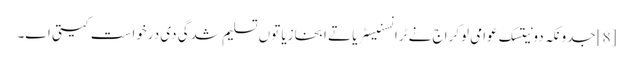
[8] جدونکہ دونیتسک عوامی لوکراج نے ٹرانسنیسٹریا تے ابخازیا توں تسلیم شدگی دی درخواست کیتی اے۔